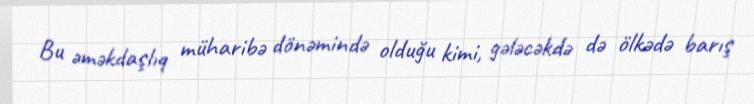
Bu əməkdaşlıq müharibə dönəmində olduğu kimi, gələcəkdə də ölkədə barış